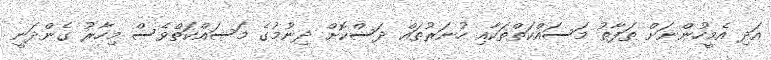
އަދި އެމީހުންނަށް ތަފާތު މަސައްކަތްތަކާއި ހުނަރުތައް ދަސްކޮށް ދިނުމުގެ މަސައްކަތްވެސް މިހާރު ގެންދަނީ